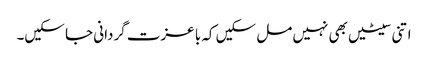
اتنی سیٹیں بھی نہیں مل سکیں کہ با عزت گردانی جا سکیں۔